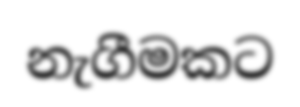
නැගීමකට